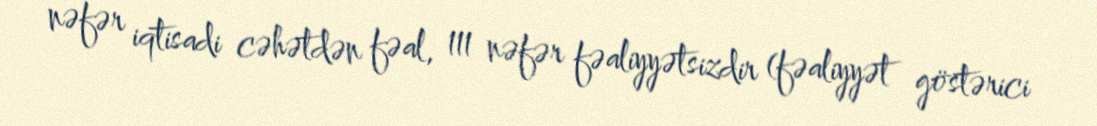
nəfər iqtisadi cəhətdən fəal, 111 nəfər fəaliyyətsizdir (fəaliyyət göstərici